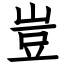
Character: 豈